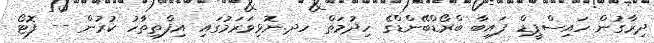
ދިރާގުން ހައިސްޕީޑް ފައިބާ ބްރޯޑްބޭންޑްގެ ހިދުމަތް ހދ.ނޮޅިވަރަމުގައި އިފްތިތާހު ކުރުން -- ފޮޓޯ